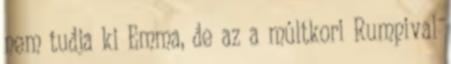
nem tudja ki Emma, de az a múltkori Rumpival